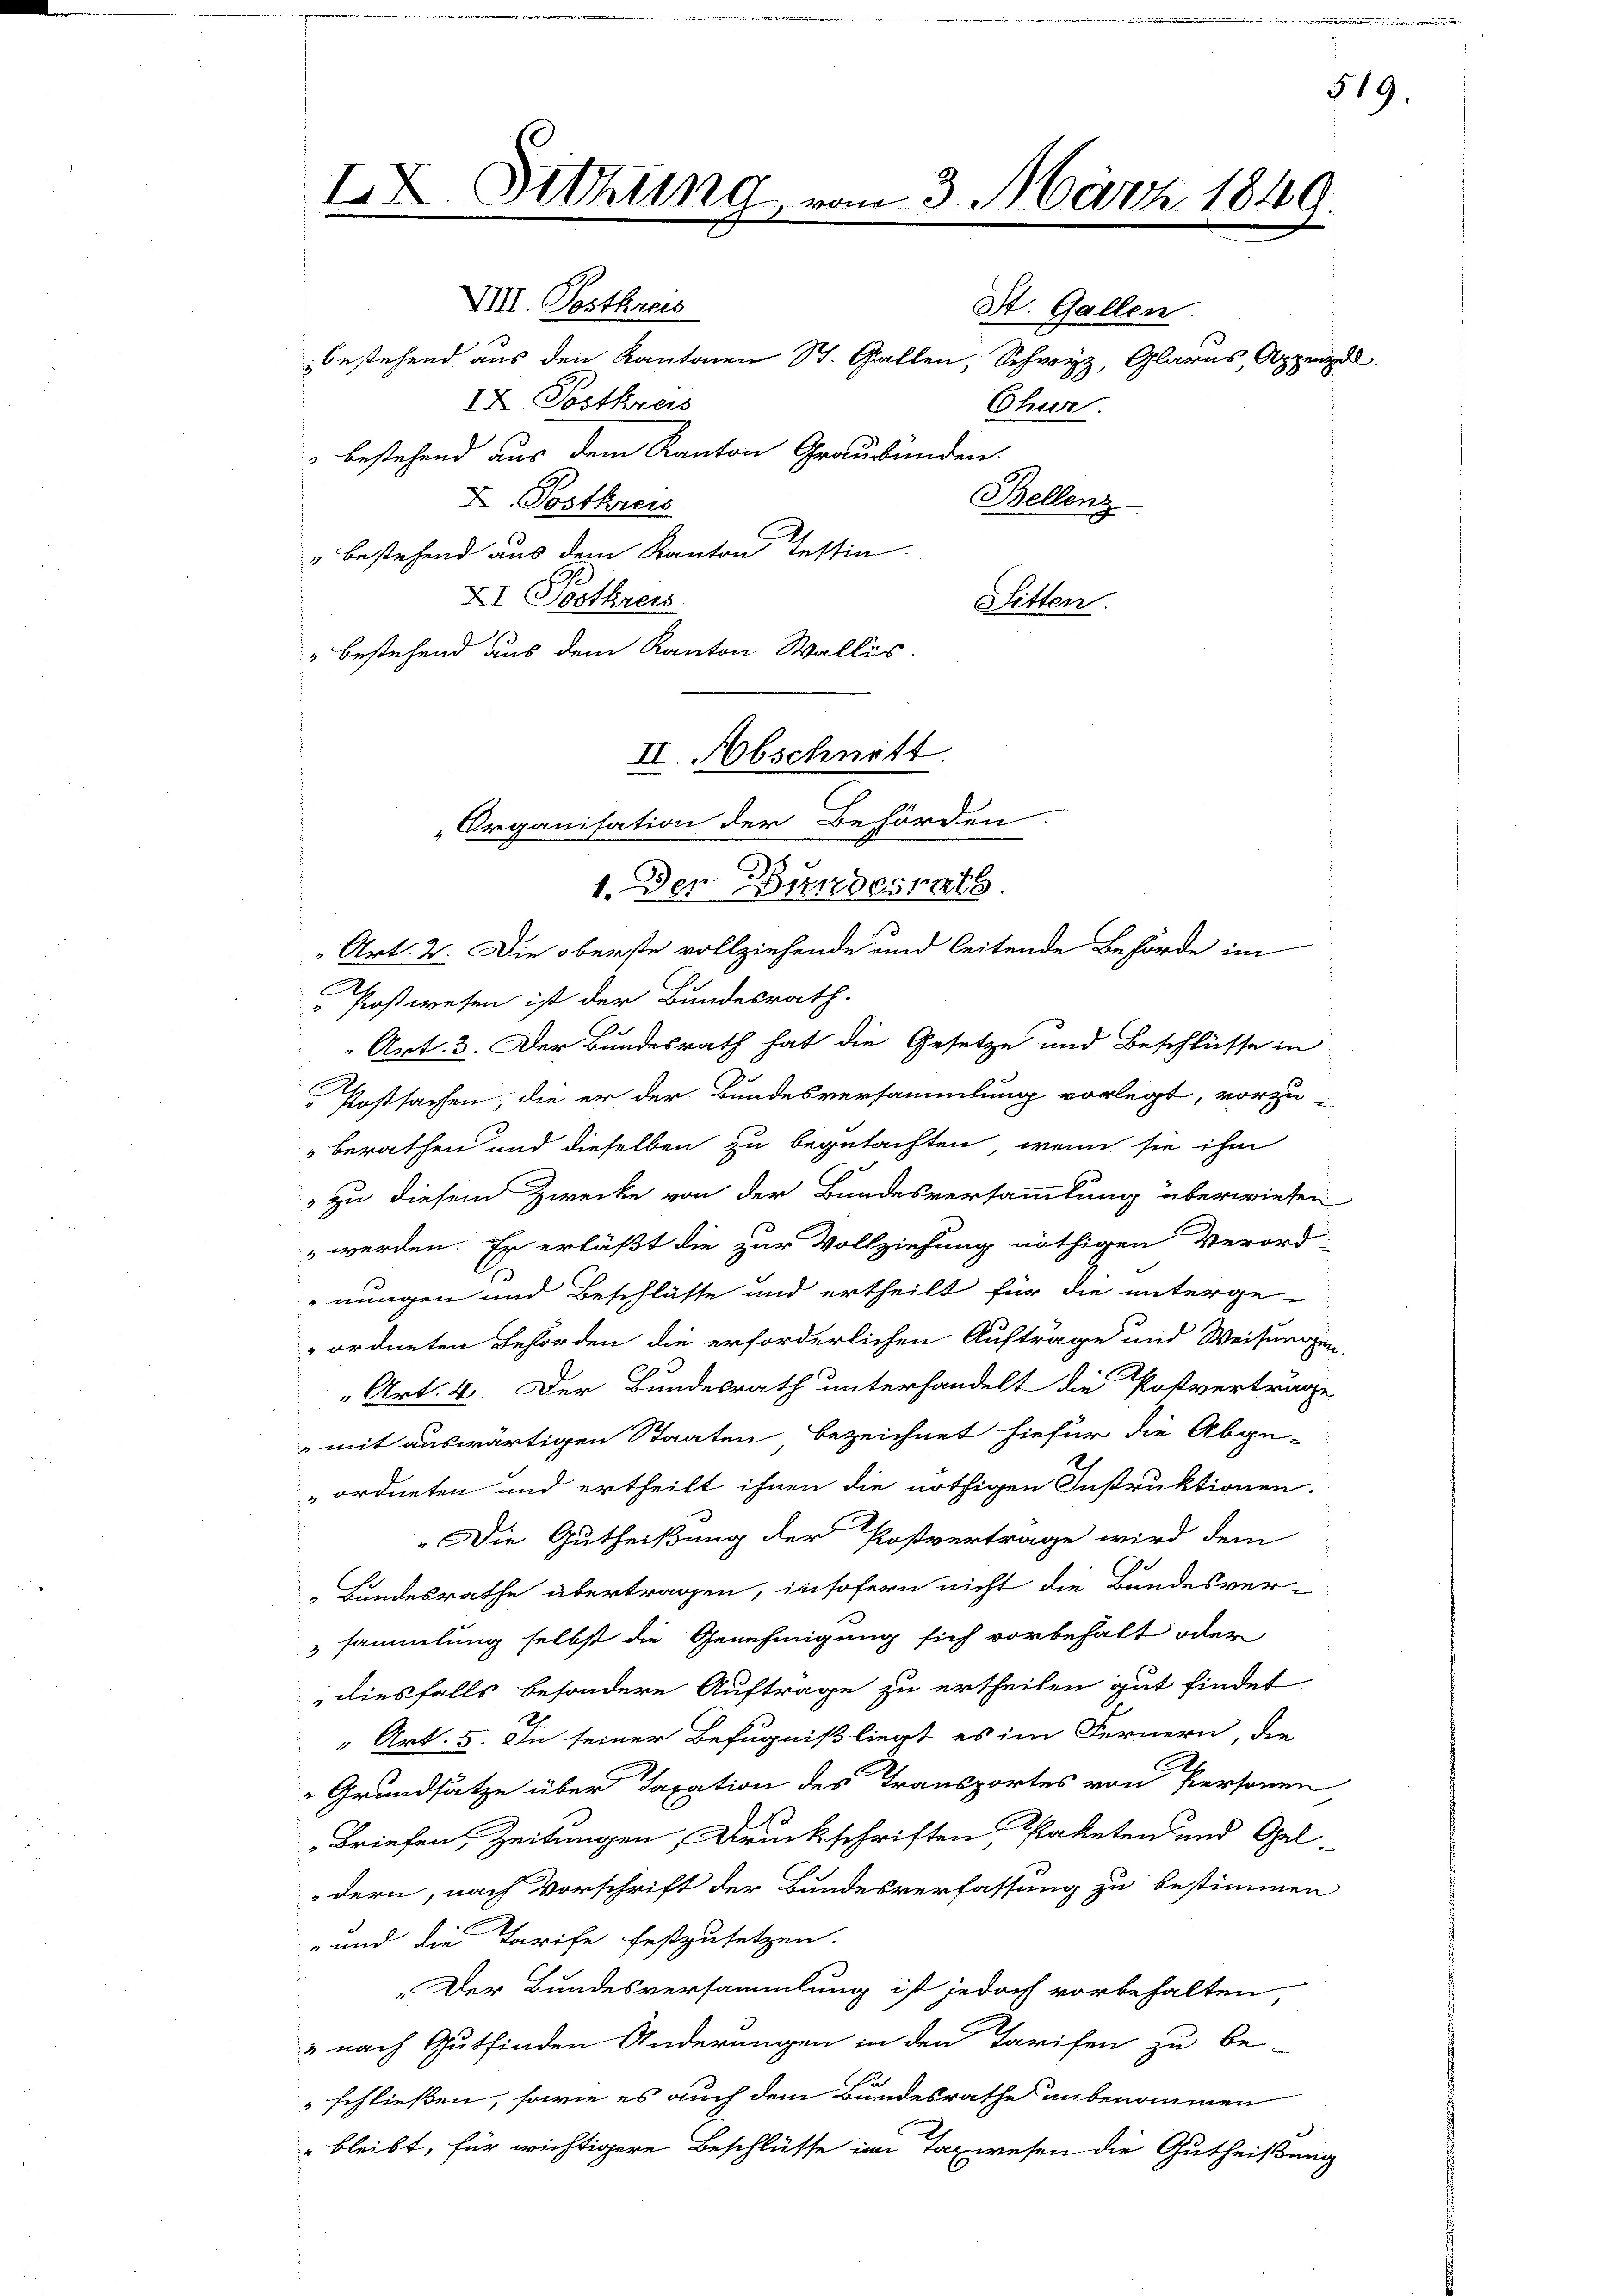
IX. Sitzung
e

VIII. Postkreis
IX. Postkreis
" bestehend aus dem Kanton Graubünden.
X. Postkreis
" bestehend aus dem Kanton Tessin.
XI Postkreis
Sitten.
" bestehend aus dem Kanton Wallis.

mn 3. März 1849

St. Gallen.
Chuer.
Bellenz

bestehend aus den Kantonen St. Gallen, Schwyz, Glarus, Append

II. Abschnitt.
Organisation der Behörden
1. Den Bundesrats.

Art. 2. Die oberste vollziehende und leitende Behörde im
Postwesen ist der Bundesrath.
 Art. 3. Der Bundesrath hat die Gesetze und Beschlüsse in
 Kostsachen, die er der Bundesversammlung vorlegt, vorzu-
" berathen und dieselben zu begutachten, wenn sie ihm
" zu diesem Zwecke von der Bundesversammlung überwiesen
s werden. Er erläßt die zur Vollziehung nöthigen Verord-
nungen und Beschlüsse und ertheilt für die unterge-
" ordneten Behörden die erforderlichen Aufträge und Weisungen
„Art: 4. Der Bundesrath unterhandelt die Postvertrage
" mit auswärtigen Staaten bezeichnet hiefür die Abge-
ordneten und ertheilt ihnen die nöthigen Instruktionen.
"Die Gutheißung der Postvertrage wird dem
„Bundesrathe übertragen, insofern nicht die Bundesver-
sammlung selbst die Genehmigung sich vorbehalt oder
diesfalls besondere Auftrage zu ertheilen gut findet.
" Art. 5. In seiner Befugniß liegt es im Fernern, die
"Grundsätze über Taxation des Transportes von Personen
Briefen, Zeitungen, Druckschriften Paketen und Gel-
dern, nach Vorschrift der Bundesverfassung zu bestimmen
" und die Tarife festzusetzen.
„Der Bundesversammlung ist jedoch vorbehalten
& nach Gutfinden Änderungen in den Tarifen zu be-
schließen, sowie es auch dem Bundesrathe unbenommen
bleibt, für wichtigere Beschlüsse im Taxwesen die Gutheißung

519.